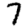
Digit: 7